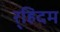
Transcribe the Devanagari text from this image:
र्‍हिदम